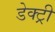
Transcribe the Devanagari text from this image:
डेक्ट्री